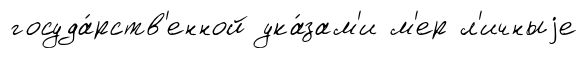
госуда́рств'енной ука́зам'и м'ер л'ичныjе